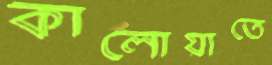
কালোয়াতে